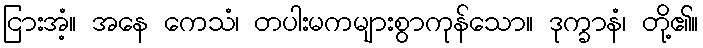
ငြားအံ့။ အနေ ကေသံ၊ တပါးမကများစွာကုန်သော။ ဒုက္ခာနံ၊ တို့၏။